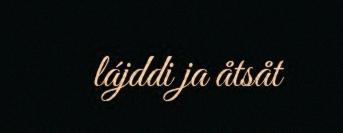
lájddi ja åtsåt